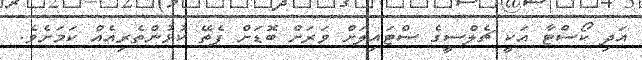
އަދި ކޯސްޓާ އަކީ ޗެލްސީގެ ސްޓައިލަށް ވަރަށް ބޮޑަށް ފެތޭ ކުޅުންތެރިއެއް ކަމަށެވެ.